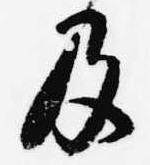
及